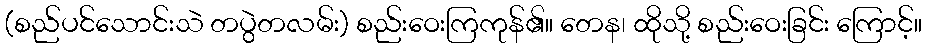
(စည်ပင်သောင်းသဲ တပွဲတလမ်း) စည်းဝေးကြကုန်၏။ တေန၊ ထိုသို့ စည်းဝေးခြင်း ကြောင့်။